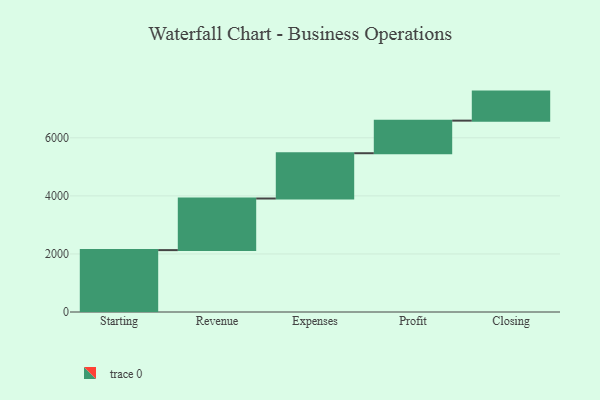
{"axis": {"x": "Step", "y": "Value"}, "legend": [""], "data": [{"x": "Starting", "y": 2132.0, "type": ""}, {"x": "Revenue", "y": 1778.0, "type": ""}, {"x": "Expenses", "y": 1560.0, "type": ""}, {"x": "Profit", "y": 1123.0, "type": ""}, {"x": "Closing", "y": 1000, "type": ""}]}